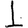
Digit: 1